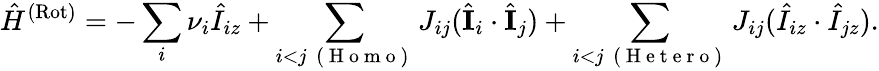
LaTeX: \hat{H}^{\mathrm{(Rot)}}=-\sum_{i}\nu_{i}\hat{I}_{iz}+\sum_{\substack{i<j\, \mathrm{~(~H~o~m~o~)~}}}J_{ij}(\hat{\mathbf{I}}_{i}\cdot\hat{\mathbf{I}}_{j})+\sum_{\substack{i<j\, \mathrm{~(~H~e~t~e~r~o~)~}}}J_{ij}(\hat{I}_{iz}\cdot\hat{I}_{jz}).